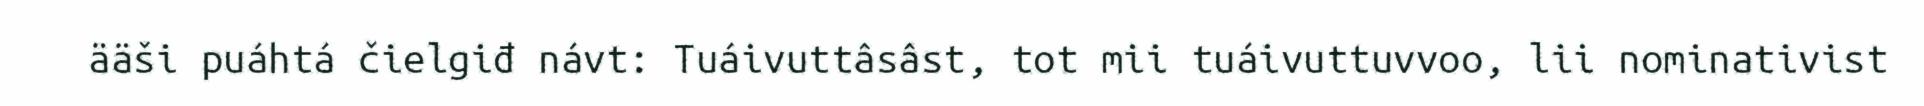
ääši puáhtá čielgiđ návt: Tuáivuttâsâst, tot mii tuáivuttuvvoo, lii nominativist